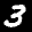
Label: 3